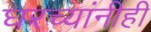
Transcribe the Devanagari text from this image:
घरच्यांनीही